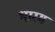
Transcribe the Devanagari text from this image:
भारम